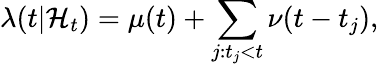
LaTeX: \lambda(t|\mathcal{H}_{t})=\mu(t)+\sum_{j:t_{j}<t}\nu(t-t_{j}),